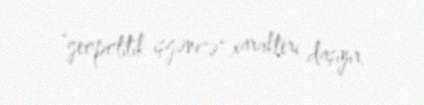
"geopolitik işgəncə" xarakteri daşıyır.